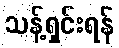
သန့်ရှင်းရန်